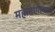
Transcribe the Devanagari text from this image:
महामांगल्यप्रदे